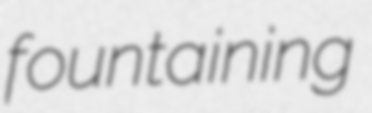
fountaining